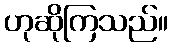
ဟုဆိုကြသည်။